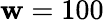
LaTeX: \mathbf{w}=100